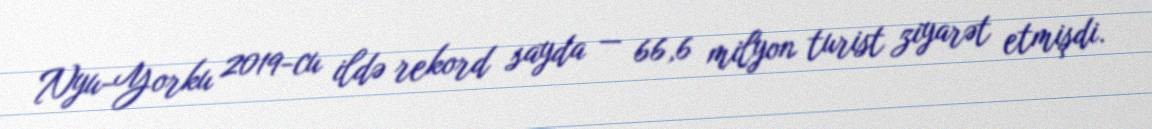
Nyu-Yorku 2019-cu ildə rekord sayda — 66,6 milyon turist ziyarət etmişdi.